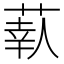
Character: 𦶗